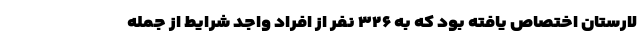
لارستان اختصاص یافته بود که به ۳۲۶ نفر از افراد واجد شرایط از جمله